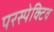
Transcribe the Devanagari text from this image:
परस्पेक्टिव